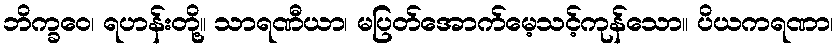
ဘိက္ခဝေ၊ ရဟန်းတို့။ သာရဏီယာ၊ မပြတ်အောက်မေ့သင့်ကုန်သော။ ပိယကရဏာ၊